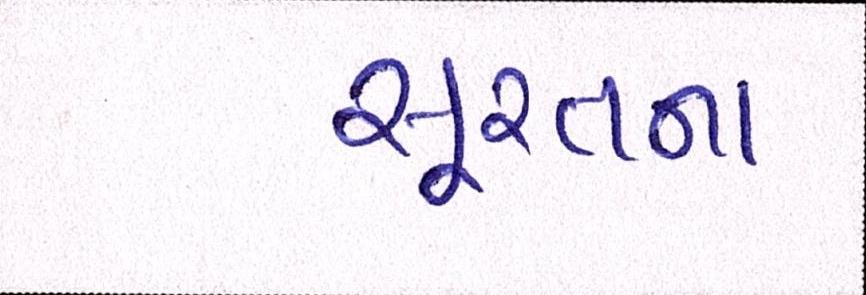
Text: સુરતના